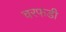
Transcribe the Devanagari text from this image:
चरफडी